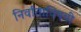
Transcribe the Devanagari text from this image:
निर्वाताविषयी